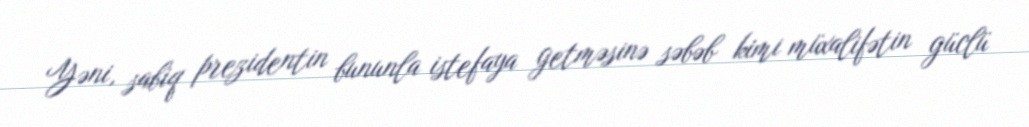
Yəni, sabiq prezidentin bununla istefaya getməsinə səbəb kimi müxalifətin güclü